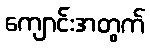
ကျောင်းအတွက်